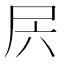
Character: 𰍲